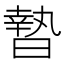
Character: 𣊓